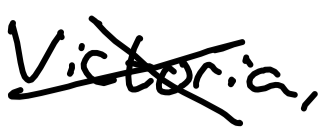
Text: Victoria,
Cross-out: cross
Writing tool: digital_black